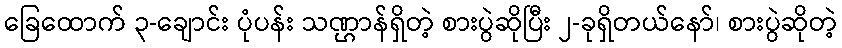
ခြေထောက် ၃-ချောင်း ပုံပန်း သဏ္ဌာန်ရှိတဲ့ စားပွဲဆိုပြီး ၂-ခုရှိတယ်နော်၊ စားပွဲဆိုတဲ့